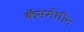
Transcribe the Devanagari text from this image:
कॅसमेंथीन